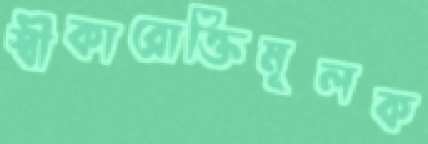
স্বীকারোক্তিমূলক